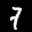
Label: 7